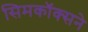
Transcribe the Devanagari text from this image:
सिमकॉक्सने